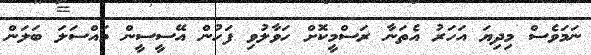
ނަމަވެސް މިދިޔަ އަހަރު އެތަނާ ރަސްމީކޮށް ހަވާލުވި ފަހުން އޭސީސީން މައްސަލަ ބަލަން